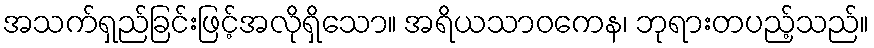
အသက်ရှည်ခြင်းဖြင့်အလိုရှိသော။ အရိယသာဝကေန၊ ဘုရားတပည့်သည်။